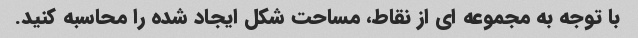
با توجه به مجموعه ای از نقاط، مساحت شکل ایجاد شده را محاسبه کنید.